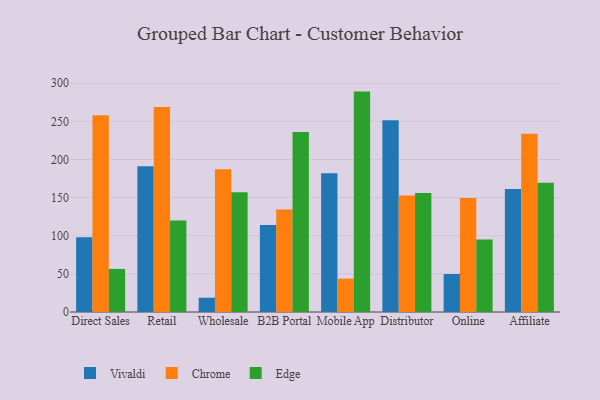
{"axis": {"x": "Channel", "y": "Market Share (%)"}, "legend": ["Chrome", "Edge", "Vivaldi"], "data": [{"x": "Direct Sales", "y": 98.0, "type": "Vivaldi"}, {"x": "Direct Sales", "y": 257.9, "type": "Chrome"}, {"x": "Direct Sales", "y": 56.5, "type": "Edge"}, {"x": "Retail", "y": 191.2, "type": "Vivaldi"}, {"x": "Retail", "y": 268.9, "type": "Chrome"}, {"x": "Retail", "y": 120.0, "type": "Edge"}, {"x": "Wholesale", "y": 18.7, "type": "Vivaldi"}, {"x": "Wholesale", "y": 187.2, "type": "Chrome"}, {"x": "Wholesale", "y": 157.0, "type": "Edge"}, {"x": "B2B Portal", "y": 114.1, "type": "Vivaldi"}, {"x": "B2B Portal", "y": 134.3, "type": "Chrome"}, {"x": "B2B Portal", "y": 235.9, "type": "Edge"}, {"x": "Mobile App", "y": 181.9, "type": "Vivaldi"}, {"x": "Mobile App", "y": 43.8, "type": "Chrome"}, {"x": "Mobile App", "y": 289.0, "type": "Edge"}, {"x": "Distributor", "y": 251.3, "type": "Vivaldi"}, {"x": "Distributor", "y": 152.9, "type": "Chrome"}, {"x": "Distributor", "y": 156.0, "type": "Edge"}, {"x": "Online", "y": 49.8, "type": "Vivaldi"}, {"x": "Online", "y": 149.5, "type": "Chrome"}, {"x": "Online", "y": 95.1, "type": "Edge"}, {"x": "Affiliate", "y": 161.4, "type": "Vivaldi"}, {"x": "Affiliate", "y": 233.7, "type": "Chrome"}, {"x": "Affiliate", "y": 169.4, "type": "Edge"}]}